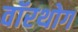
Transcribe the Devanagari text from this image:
वॉरथोग